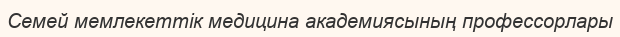
Семей мемлекеттік медицина академиясының профессорлары